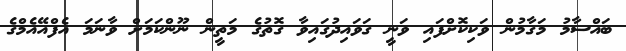
ބައްސާމު މަގާމުން ވަކިކޮށްފައި ވަނީ ގަވައިދުގައިވާ ގޮތުގެ މަތީން ނޫންކަމަށް ވާނަމަ އެފްއޭއެމްގެ